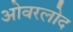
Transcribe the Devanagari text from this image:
ओवरलोद